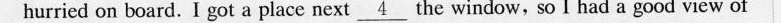
hurried on board. I got a place next\underline{4}the window,so I had a good view of